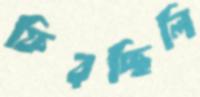
ফিরচ্ছিলি